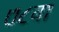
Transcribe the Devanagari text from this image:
७८वा